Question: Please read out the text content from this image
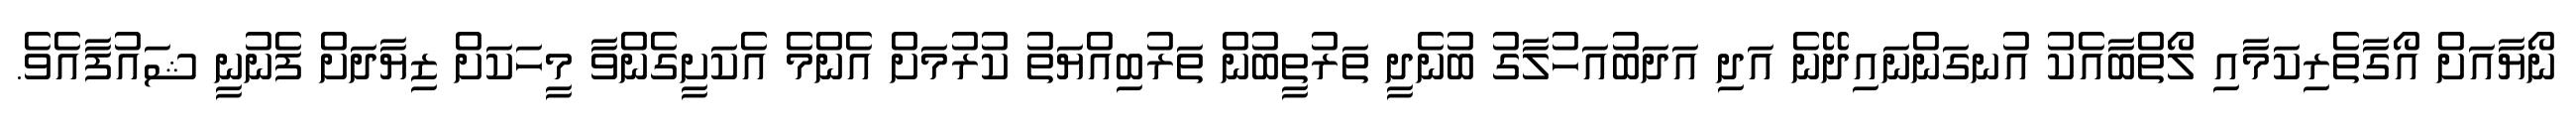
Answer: ނޯޔާއަށް އޯގާތެރިކަމާއި ލޯތްބާއެކު އުނގަންނައިދޭނެ އަދި އަދަބުއަހުލާގު ބުނެދީ ތަރުތީބުން ތަރުބިއްޔަތު ކުރުމަށް އެންމެ އެކަށީގެންވާ މީހަކަށް ޒިޔާދަށް ފެނުނީ ޝައުފާއެވެ.